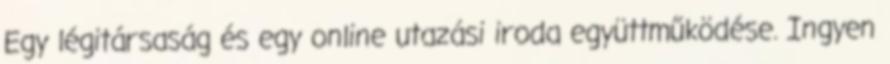
Egy légitársaság és egy online utazási iroda együttműködése. Ingyen